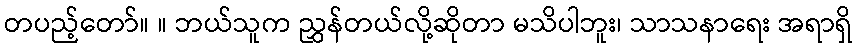
တပည့်တော်။ ။ ဘယ်သူက ညွှန်တယ်လို့ဆိုတာ မသိပါဘူး၊ သာသနာရေး အရာရှိ